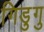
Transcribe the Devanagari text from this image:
गिडुगु